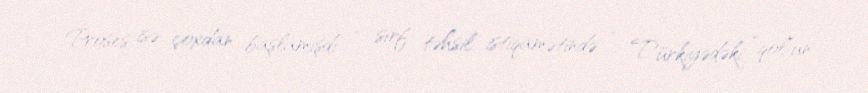
Proses isə çoxdan başlamışdı – sırf təhsil istiqamətində - Türkiyədəki “qol”un